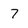
Character: 7